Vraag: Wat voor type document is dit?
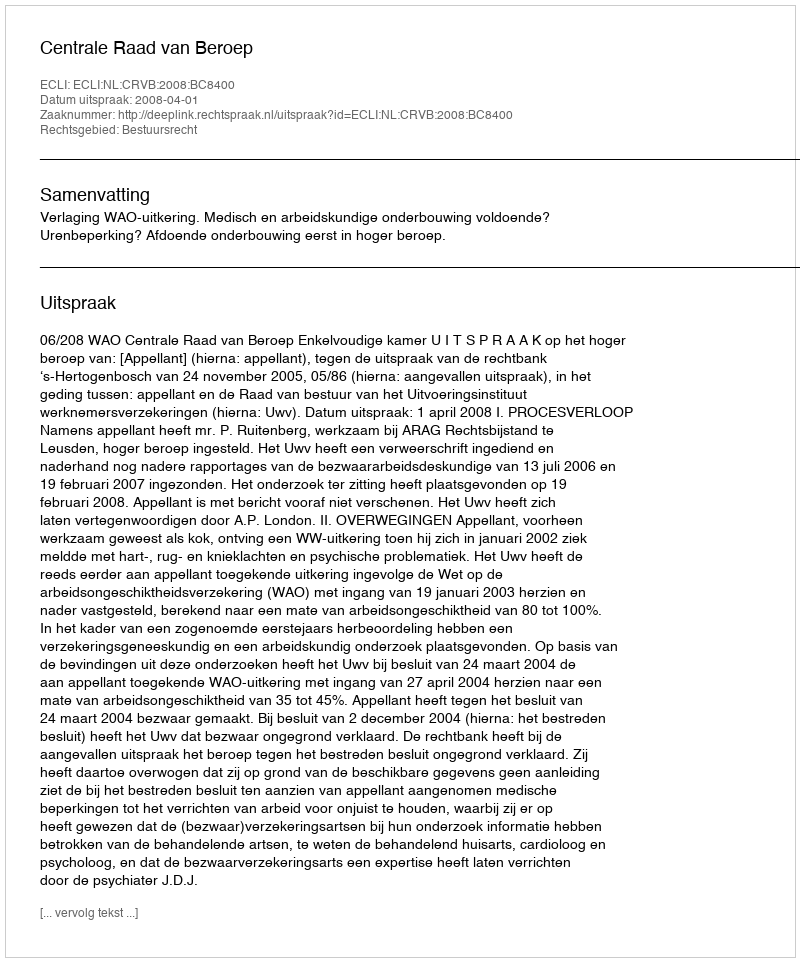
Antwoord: Uitspraak